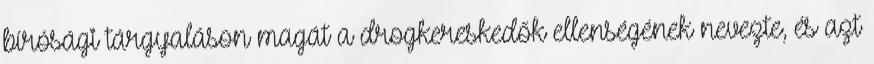
bírósági tárgyaláson magát a drogkereskedők ellenségének nevezte, és azt